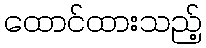
ထောင်ထားသည့်